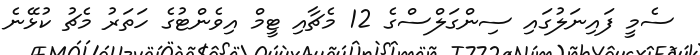
ސެމީ ފައިނަލުގައި ސިންގަލްސްގެ 12 މެޗާއި ޓީމް އިވެންޓުގެ ހަތަރު މެޗު ކުޅޭނެ